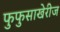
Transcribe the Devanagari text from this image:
फुफुसाखेरीज